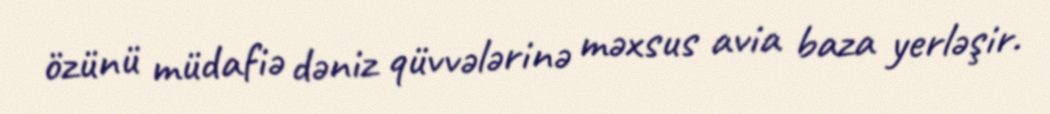
özünü müdafiə dəniz qüvvələrinə məxsus avia baza yerləşir.